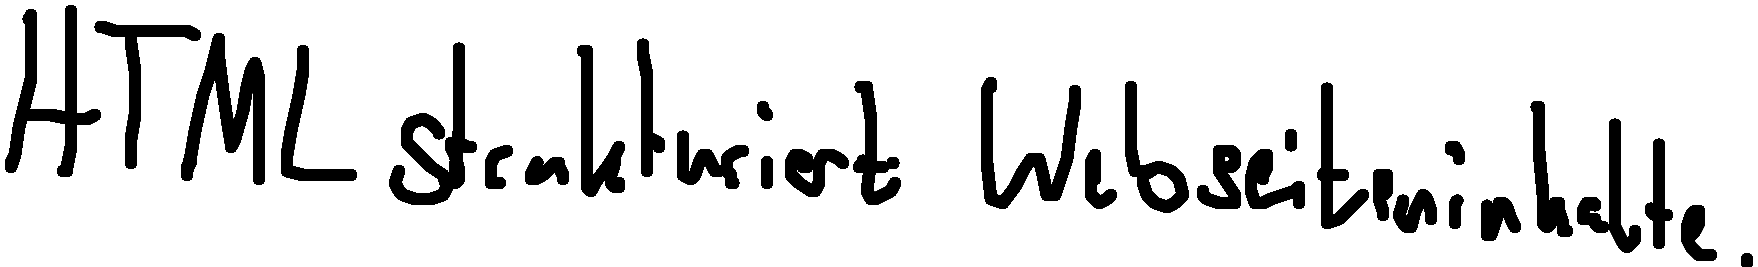
HTML strukturiert Webseiteninhalte.